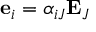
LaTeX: \ \mathbf { e } _ { i } = \alpha _ { i J } \mathbf { E } _ { J }